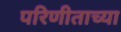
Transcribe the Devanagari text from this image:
परिणीताच्या